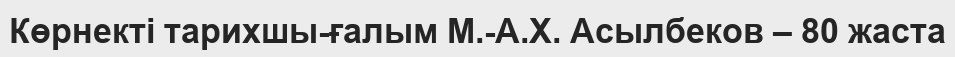
Көрнекті тарихшы-ғалым М.-А.Х. Асылбеков – 80 жаста